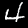
Digit: 4